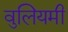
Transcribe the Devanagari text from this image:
वुलियमी